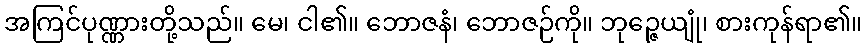
အကြင်ပုဏ္ဏားတို့သည်။ မေ၊ ငါ၏။ ဘောဇနံ၊ ဘောဇဉ်ကို။ ဘုဉ္ဇေယျုံ၊ စားကုန်ရာ၏။